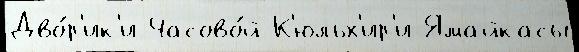
Дво́р'ик'и Часово́й К'юльх'ир'и Ямайкасы